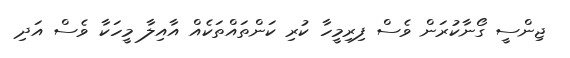
ޖިންސީ ގޯނާކުރަން ވެސް ފިރިމީހާ ކުރި ކަންތައްތަކެއް އާއިލާ މީހަކާ ވެސް އަދި